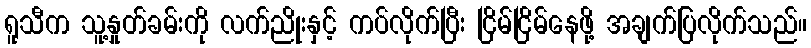
ရူသီက သူ့နှုတ်ခမ်းကို လက်ညိုးနှင့် ကပ်လိုက်ပြီး ငြိမ်ငြိမ်နေဖို့ အချက်ပြလိုက်သည်။